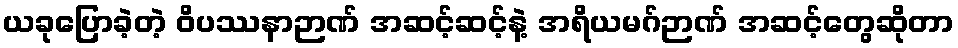
ယခုပြောခဲ့တဲ့ ဝိပဿနာဉာဏ် အဆင့်ဆင့်နဲ့ အရိယမဂ်ဉာဏ် အဆင့်တွေဆိုတာ